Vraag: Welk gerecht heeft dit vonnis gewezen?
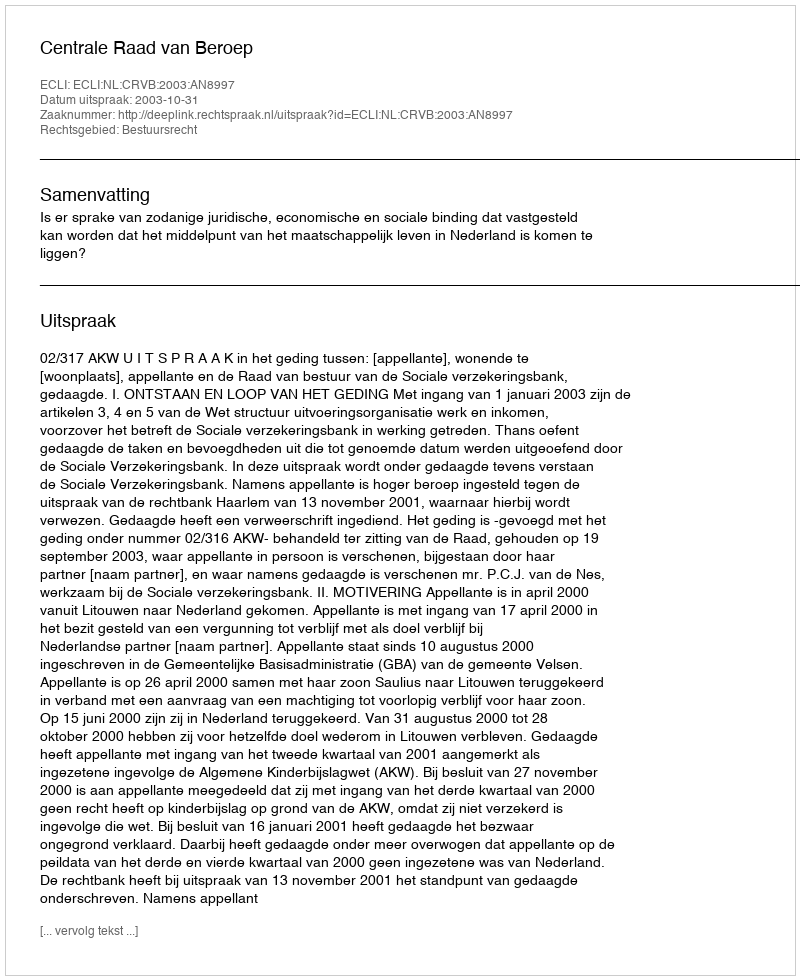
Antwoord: Centrale Raad van Beroep